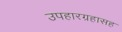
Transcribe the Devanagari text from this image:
उपहारग्रहासह